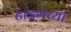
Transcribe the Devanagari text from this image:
टाइमच्या